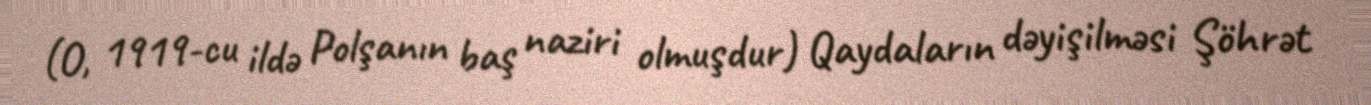
(O, 1919-cu ildə Polşanın baş naziri olmuşdur) Qaydaların dəyişilməsi Şöhrət